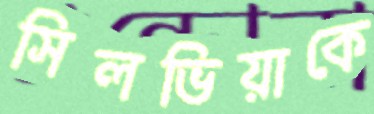
সিলভিয়াকে